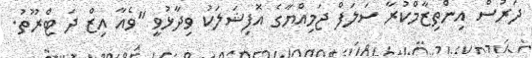
ދަރުސް އިންތިޒާމްކުރާ ސަލަފް ޖަމިއްޔާގެ އޮފިޝަލަކު ވިދާޅުވީ "ވެއާ އިޒް ދަ ޓްރޫތު.